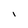
Character: I